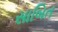
સાબિત